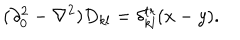
( \partial _ { 0 } ^ { 2 } - \nabla ^ { 2 } ) D _ { k l } = \delta _ { k l } ^ { t r } ( x - y ) .